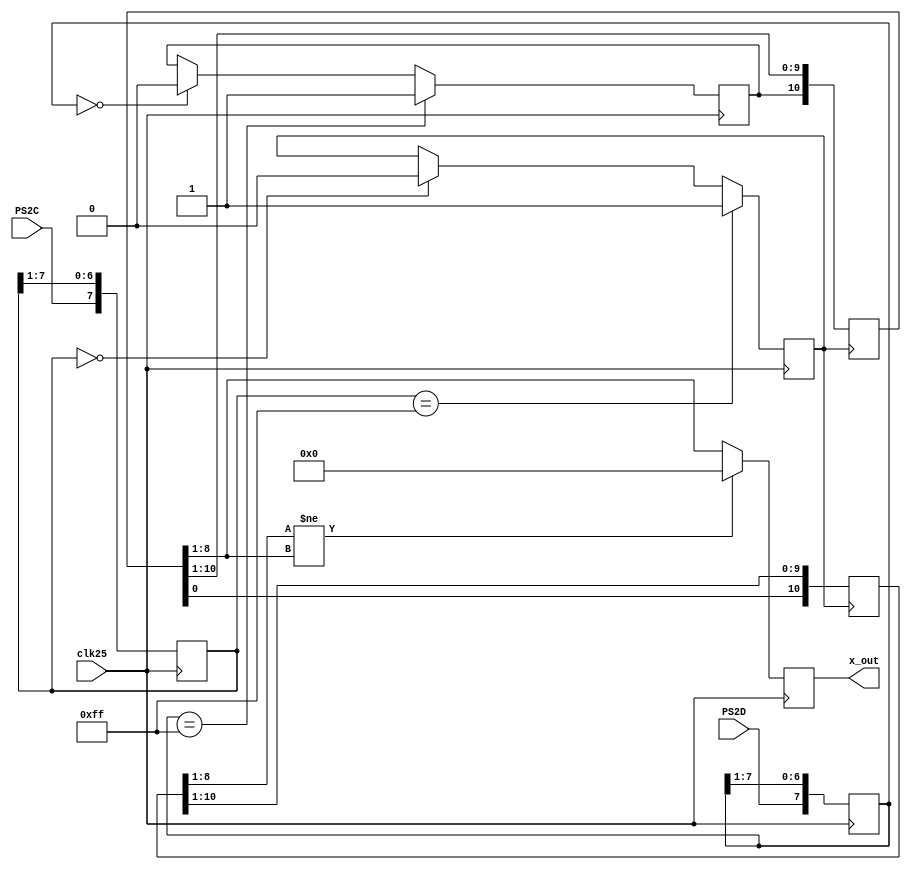
`timescale 1ns / 1ps
//////////////////////////////////////////////////////////////////////////////////
// Company: 
// Engineer: 
// 
// Design Name: 
// Module Name:    keyboard 
// Project Name: 
// Target Devices: 
// Tool versions: 
// Description: 
//
// Dependencies: 
//
// Revision: 
// Revision 0.01 - File Created
// Additional Comments: 
//
//////////////////////////////////////////////////////////////////////////////////
module KeyBoard(

			input wire clk25,
			input wire PS2C,
			input wire PS2D,
			output reg [7:0] x_out
    );

	reg PS2Cf, PS2Df;
	reg [7:0] ps2c_filter, ps2d_filter;
	reg [10:0] shift1, shift2;
	wire [15:0] xkey;
	
	assign xkey = {shift2[8:1],shift1[8:1]};

	always @(posedge clk25)
	begin
		ps2c_filter[7] <= PS2C;
		ps2c_filter[6:0] <= ps2c_filter[7:1];
		ps2d_filter[7] <= PS2D;
		ps2d_filter[6:0] <= ps2d_filter[7:1];
		if (ps2c_filter == 8'b11111111)
		begin
			PS2Cf <= 1;
		end
		else
		if (ps2c_filter == 8'b00000000)
		begin
			PS2Cf <= 0;
		end
		if (ps2d_filter == 8'b11111111)
		begin
			PS2Df <= 1;
		end
		else
		if (ps2d_filter == 8'b00000000)
		begin
			PS2Df <= 0;
		end
	end

	always @(negedge PS2Cf)
	begin
		shift1 <= {PS2Df, shift1[10:1]};
		shift2 <= {shift1[0], shift2[10:1]};
	end
	
	always @(posedge clk25)//
		if (xkey[15:8]!=xkey[7:0]) x_out=8'b00000000; else x_out=xkey[7:0];
		
endmodule